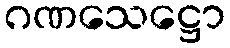
ဂဏသေဋ္ဌော